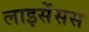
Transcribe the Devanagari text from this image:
लाइसेंसस